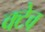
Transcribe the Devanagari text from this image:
क्टेव